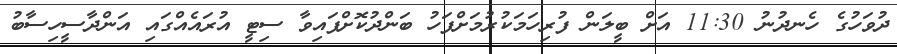
ދުވަހުގެ ހެނދުނު 11:30 އަށް ބީލަން ފުރިހަމަކުރުމަށްފަހު ބަންދުކޮށްފައިވާ ސިޓީ އުރައެއްގައި އަންދާސީހިސާބު